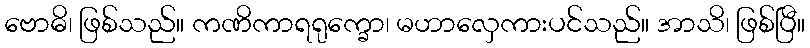
ဗောဓိ၊ ဖြစ်သည်။ ကဏိကာရရုက္ခော၊ မဟာလှေကားပင်သည်။ အာသိ၊ ဖြစ်ပြီ။